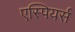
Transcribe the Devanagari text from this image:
एस्पियर्स